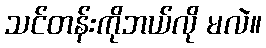
သင်တန်းကိုဘယ်လို မလဲ။